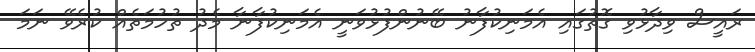
ރައީސް ވިދާޅުވި ގޮތުގައި އެމަނިކުފާނު ބޭނުންފުޅުވަނީ އެމަނިކުފާނާ މެދު ތުހުމަތެއް ކުރެވޭ ނަމަ